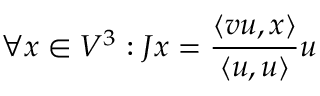
\forall x \in V ^ { 3 } : J x = \frac { \langle v u , x \rangle } { \langle u , u \rangle } u